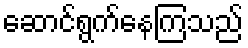
ဆောင်ရွက်နေကြသည်